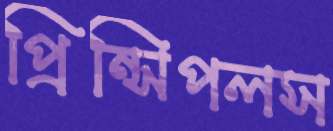
প্রিন্সিপলস